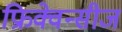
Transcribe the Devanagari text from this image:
फ्रिक्वेन्सीज